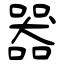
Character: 器